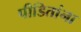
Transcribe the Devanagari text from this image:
पीडितांना